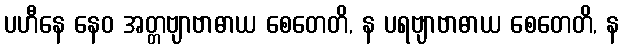
ပဟီနေ နေဝ အတ္တဗျာဗာဓာယ စေတေတိ, န ပရဗျာဗာဓာယ စေတေတိ, န